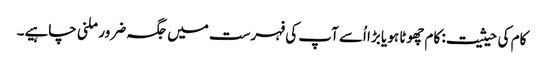
کام کی حیثیت: کام چھوٹا ہو یا بڑا اُسے آپ کی فہرست میں جگہ ضرور ملنی چاہیے۔